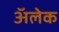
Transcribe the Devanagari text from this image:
अॅलेक